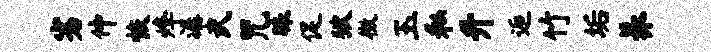
劣仲恢烽潺武咒昧促狱徵玉私升逅竹垢养